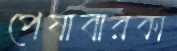
পেষাবারকা